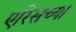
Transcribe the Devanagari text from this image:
एरिसच्या